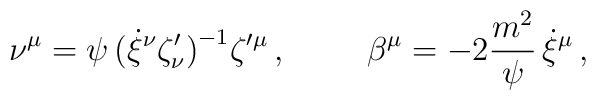
\nu^\mu=\psi\,\big(\dot\xi{^\nu}\zeta^\prime_\nu\big)^{-1}\zeta{^{\prime\mu}} \, ,\hskip 1 cm \beta^\mu= -2{m^2\over\psi}\,\dot\xi{^\mu}\, ,